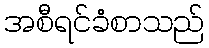
အစီရင်ခံစာသည်